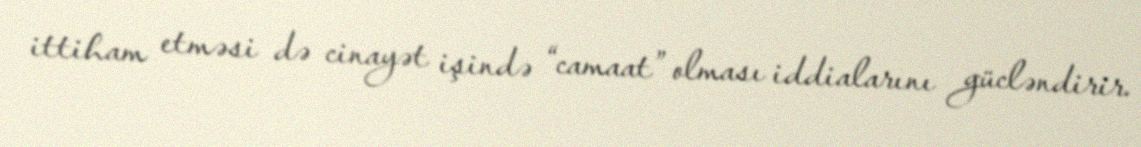
ittiham etməsi də cinayət işində “camaat” olması iddialarını gücləndirir.